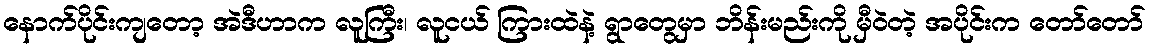
နောက်ပိုင်းကျတော့ အဲဒီဟာက လူကြီး၊ လူငယ် ကြားထဲနဲ့ ရွာတွေမှာ ဘိန်းမည်းကို မှီဝဲတဲ့ အပိုင်းက တော်တော်